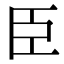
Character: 臣